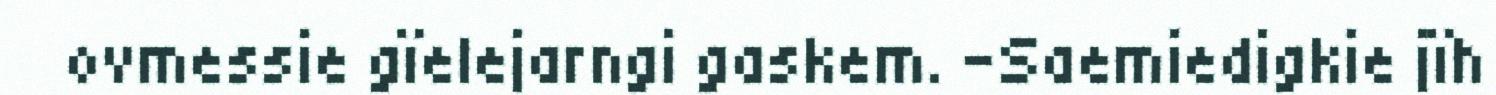
ovmessie gïelejarngi gaskem. -Saemiedigkie jïh